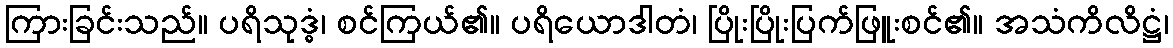
ကြားခြင်းသည်။ ပရိသုဒ္ဓံ၊ စင်ကြယ်၏။ ပရိယောဒါတံ၊ ပြိုးပြိုးပြက်ဖြူးစင်၏။ အသံကိလိဋ္ဌံ၊